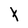
Character: t